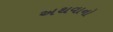
અથવાનો